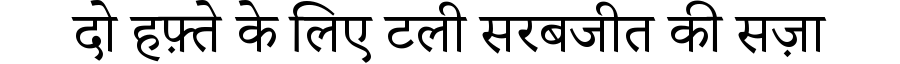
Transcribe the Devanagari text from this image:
दो हफ़्ते के लिए टली सरबजीत की सज़ा